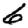
Digit: 6